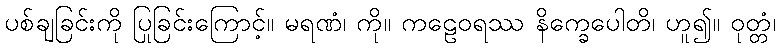
ပစ်ချခြင်းကို ပြုခြင်းကြောင့်။ မရဏံ၊ ကို။ ကဠေဝရဿ နိက္ခေပေါတိ၊ ဟူ၍။ ဝုတ္တံ၊